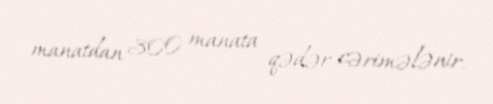
manatdan 300 manata qədər cərimələnir.